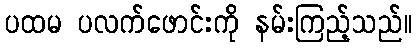
ပထမ ပလက်ဖောင်းကို နမ်းကြည့်သည်။